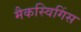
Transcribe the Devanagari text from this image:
मैकस्विगिंस